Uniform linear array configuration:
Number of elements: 48
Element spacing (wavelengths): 0.75
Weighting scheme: uniform
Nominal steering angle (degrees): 30
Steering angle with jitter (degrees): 30.671
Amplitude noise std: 0.05
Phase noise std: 0.05

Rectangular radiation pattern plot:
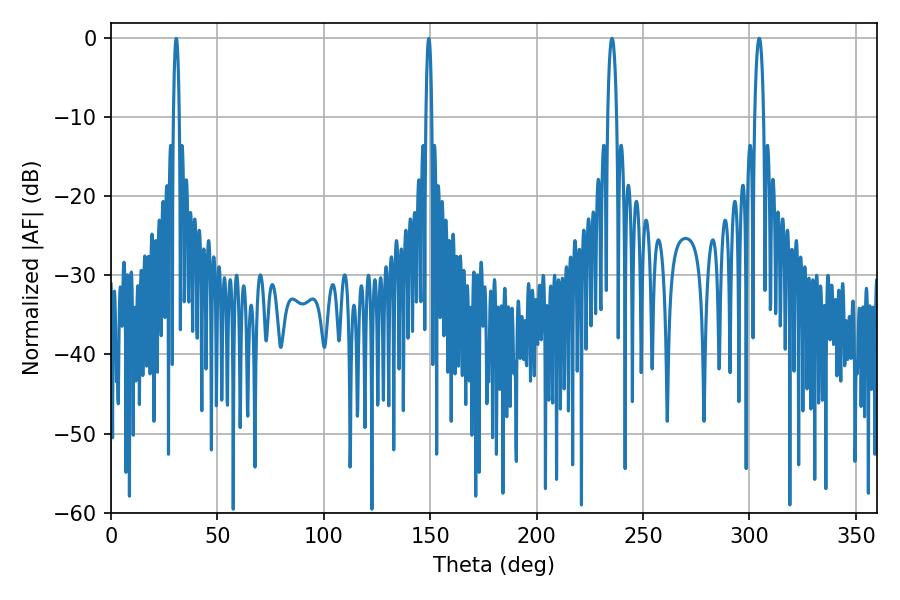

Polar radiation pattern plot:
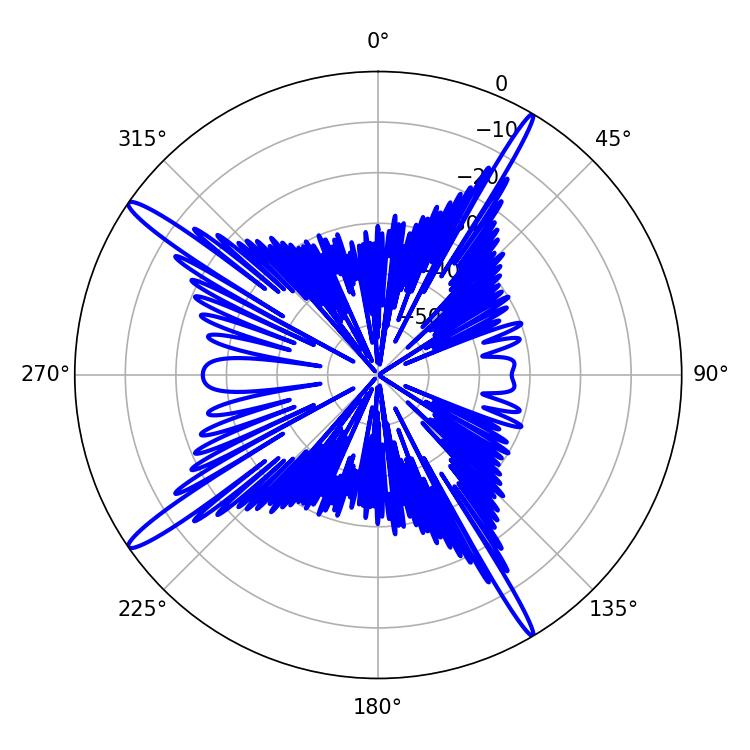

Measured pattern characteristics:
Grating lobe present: TRUE
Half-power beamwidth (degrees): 2.16
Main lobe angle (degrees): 304.56